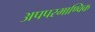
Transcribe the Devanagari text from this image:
अपपरमाण्विक